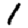
Digit: 1